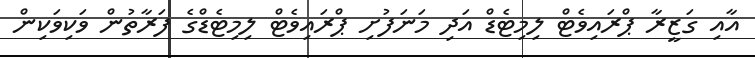
އާއި ގަޒީރާ ޕްރައިވެޓް ލިިމިޓެޑް އަދި މަނަފުށި ޕްރައިވެޓް ލިމިޓެޑްގެ ފަރާތުން ވަކިވަކިން